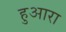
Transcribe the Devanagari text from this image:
हुआरा